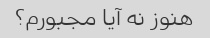
هنوز نه آیا مجبورم؟